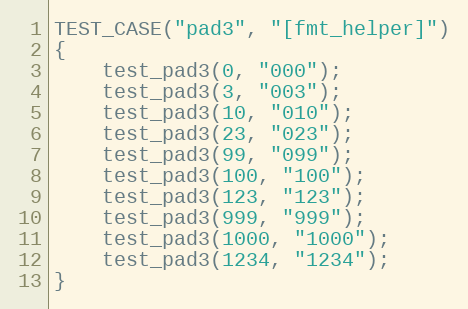
Language: C++
TEST_CASE("pad3", "[fmt_helper]")
{
    test_pad3(0, "000");
    test_pad3(3, "003");
    test_pad3(10, "010");
    test_pad3(23, "023");
    test_pad3(99, "099");
    test_pad3(100, "100");
    test_pad3(123, "123");
    test_pad3(999, "999");
    test_pad3(1000, "1000");
    test_pad3(1234, "1234");
}